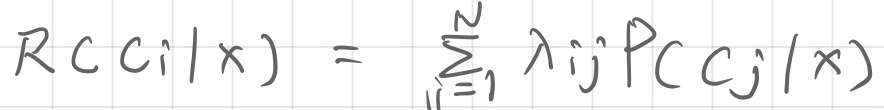
\[R(C_i|x)=\sum_{j = 1}^{N} \lambda_{ij} P(C_j|x)\]